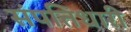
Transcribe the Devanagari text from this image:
संपत्तिधारी